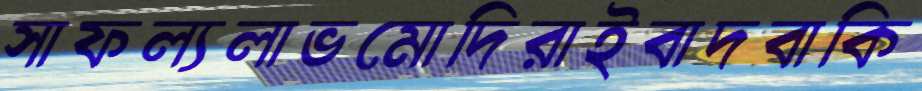
সাফল্যলাভমোদিরাইবাদবাকি